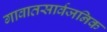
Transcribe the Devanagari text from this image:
गावातसार्वजनिक